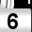
Digit: 6